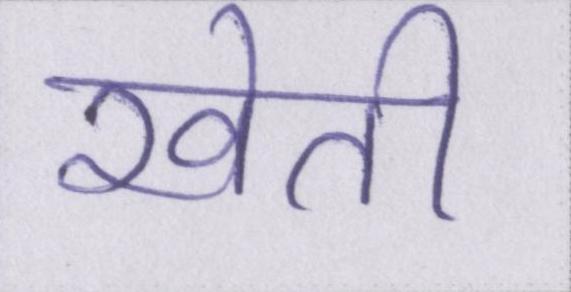
खेती